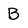
Character: B